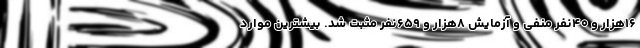
۱۶هزار و ۴۰نفر منفی و آزمایش ۸هزار و ۶۵۹نفر مثبت شد. بیشترین موارد